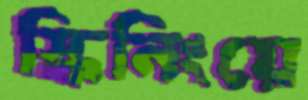
স্কিনিংয়ে